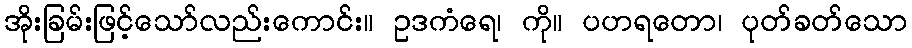
အိုးခြမ်းဖြင့်သော်လည်းကောင်း။ ဥဒကံရေ၊ ကို။ ပဟရတော၊ ပုတ်ခတ်သော